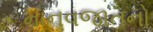
માનવજાતનો